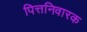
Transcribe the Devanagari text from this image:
पित्तनिवारक